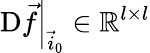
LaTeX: \left.\mathrm{D}\vec{f}\right|_{\vec{i}_{0}}\in\mathbb{R}^{l\times l}